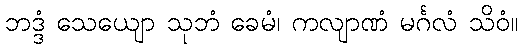
ဘဒ္ဒံ သေယျော သုဘံ ခေမံ၊ ကလျာဏံ မင်္ဂလံ သိဝံ။